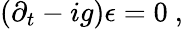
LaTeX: \left(\partial_{t}-ig\right)\epsilon=0\ ,